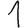
Digit: 1